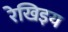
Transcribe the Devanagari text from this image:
रेखिइय